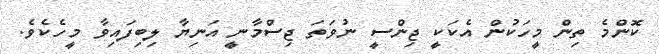
ކޮންމެ ތިން މީހަކުން އެކަކީ ޖިންސީ ނުވަތަ ޖިސްމާނީ އަނިޔާ ލިބިފައިވާ މީހެކެވެ.